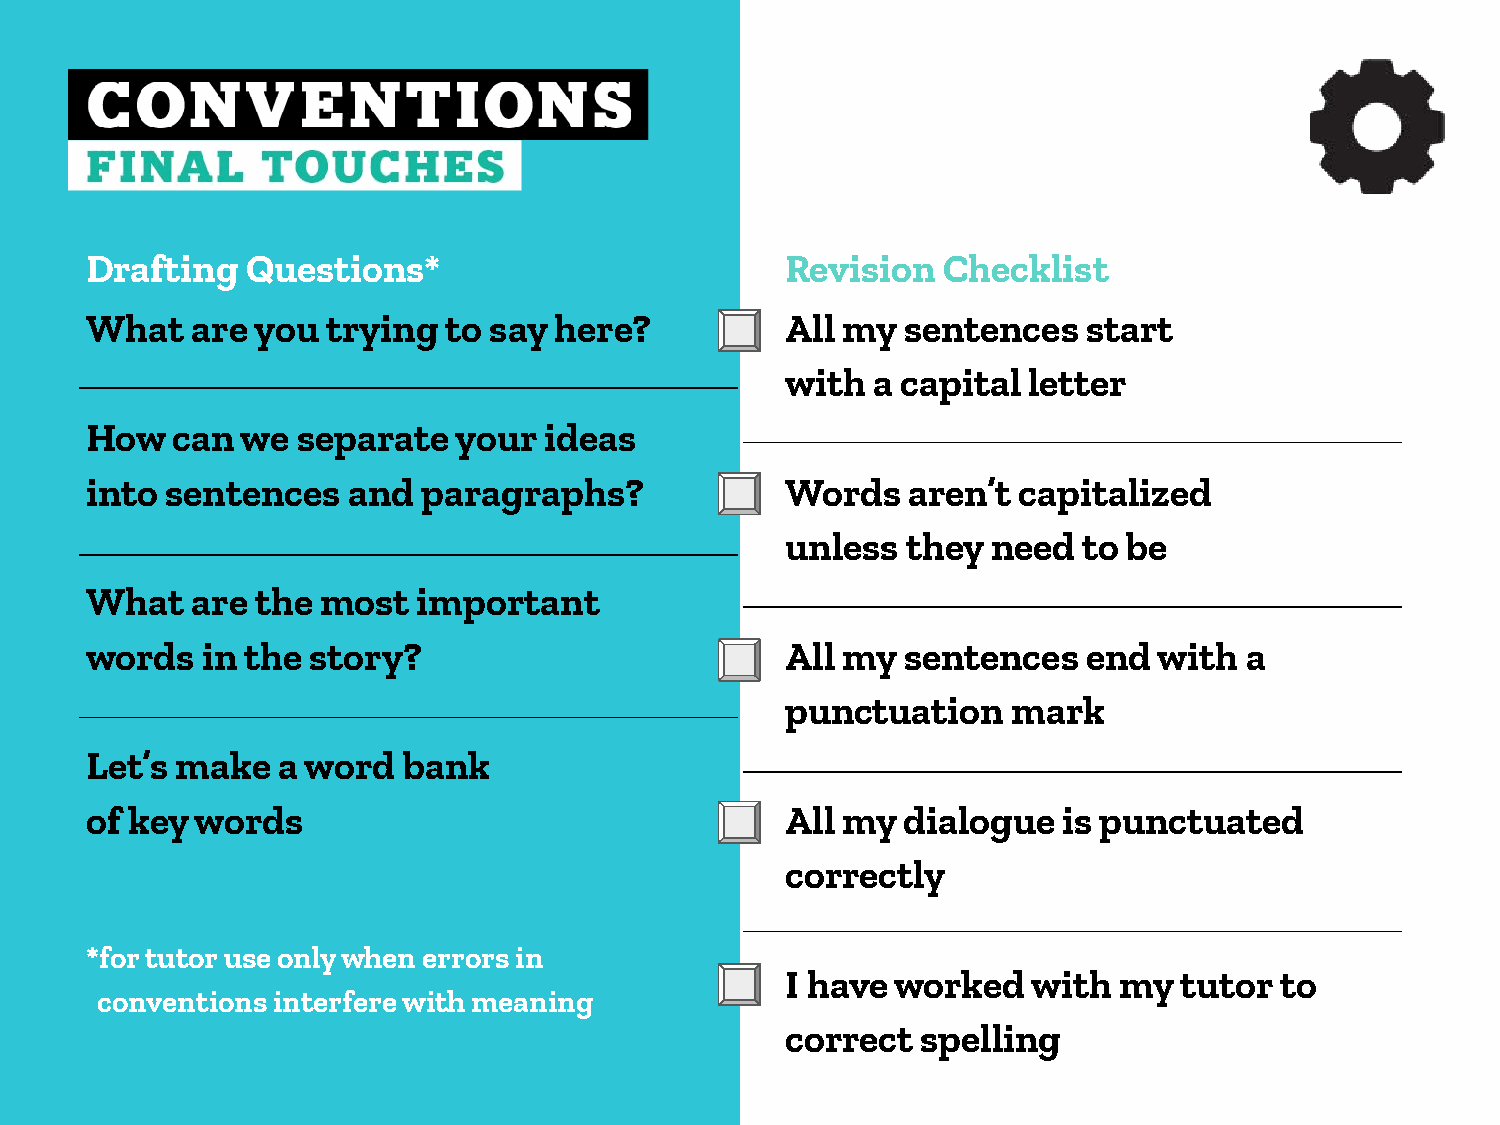
Drafting  Questions*                          Revision  Checklist
 What   are you  trying to say  here?          All my  sentences   start
 with  a capital letter
 How  can  we  separate  your  ideas
 into sentences   and  paragraphs?             Words   aren’t capitalized
 unless  they  need  to be
 What   are the most   important
 words  in the  story?                         All my  sentences   end  with a
 punctuation    mark
 Let’s make  a word   bank
 of key words                                  All my  dialogue  is punctuated
 correctly
 *for tutor use only when errors in
 I have worked   with  my  tutor  to
 conventions interfere with meaning
 correct  spelling